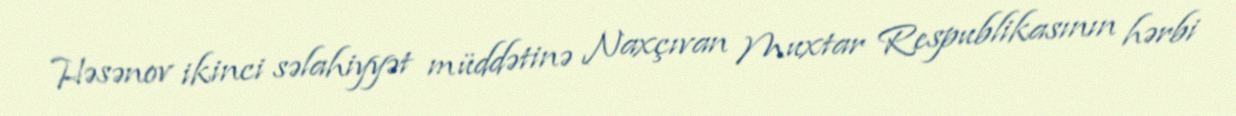
Həsənov ikinci səlahiyyət müddətinə Naxçıvan Muxtar Respublikasının hərbi